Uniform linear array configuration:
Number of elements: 12
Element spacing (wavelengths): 0.25
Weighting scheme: cosine
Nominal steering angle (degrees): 30
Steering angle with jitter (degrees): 30.334
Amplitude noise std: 0.05
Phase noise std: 0.05

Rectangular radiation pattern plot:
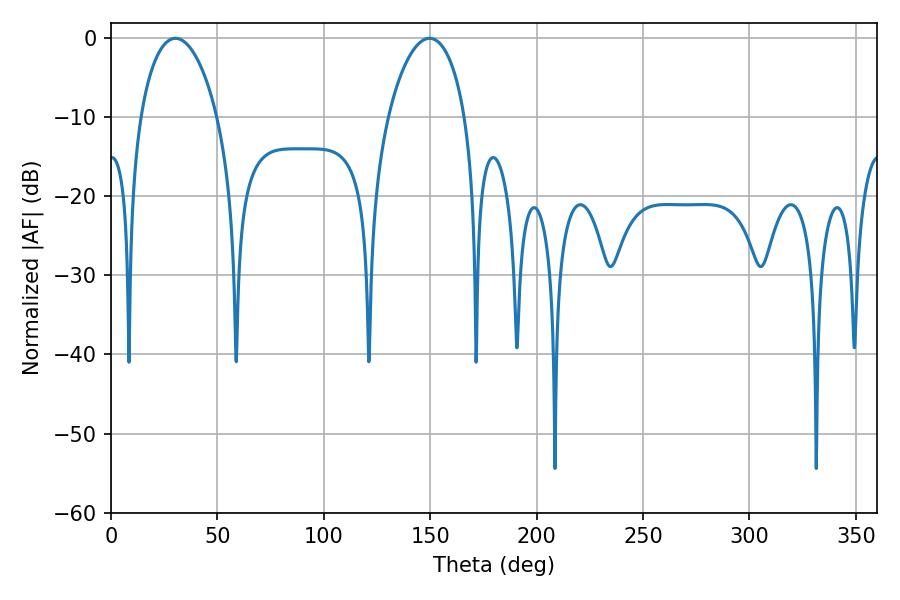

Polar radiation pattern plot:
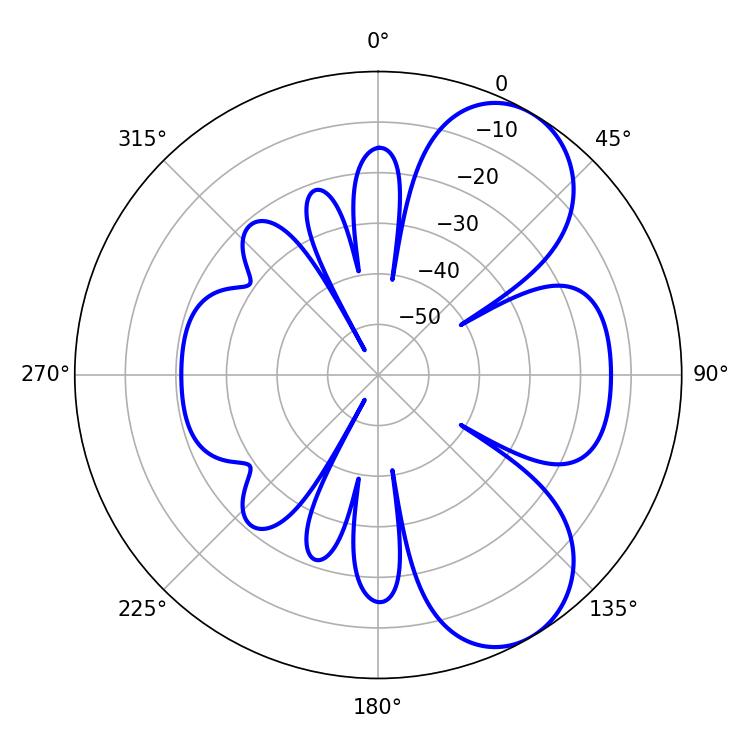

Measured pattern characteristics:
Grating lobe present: FALSE
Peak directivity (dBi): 6.947
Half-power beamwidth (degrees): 20.7
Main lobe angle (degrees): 30.24